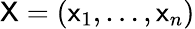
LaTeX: \mathsf{X}=(\mathsf{x}_{1},\ldots,\mathsf{x}_{n})